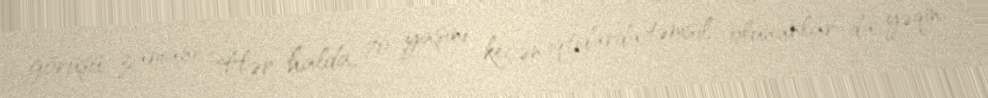
görüşü zamanı “Hər halda, 70 yaşını keçən iqtidarda təmsil olunanlar da yəqin